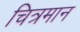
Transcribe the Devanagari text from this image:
चित्रमान